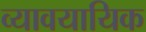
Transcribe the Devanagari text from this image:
व्यावयायिक